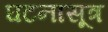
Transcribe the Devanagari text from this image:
घटनासूत्र